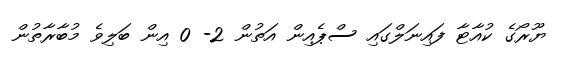
ޔޫރޯގެ ކުއާޓާ ފައިނަލްގައި ސްޕެއިން އަތުން 2- 0 އިން ބަލިވެ މުބާރާތުން